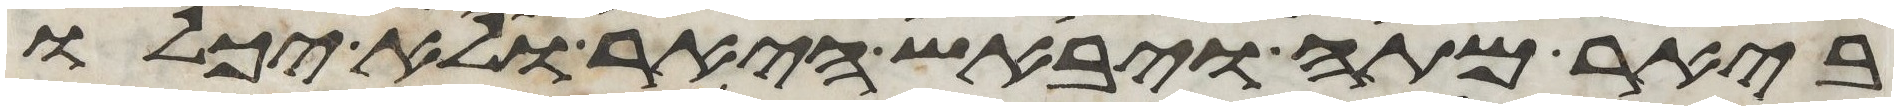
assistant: ביאר מתה ויבאש היאר ולא יכלו